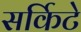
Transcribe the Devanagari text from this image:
सर्किटे